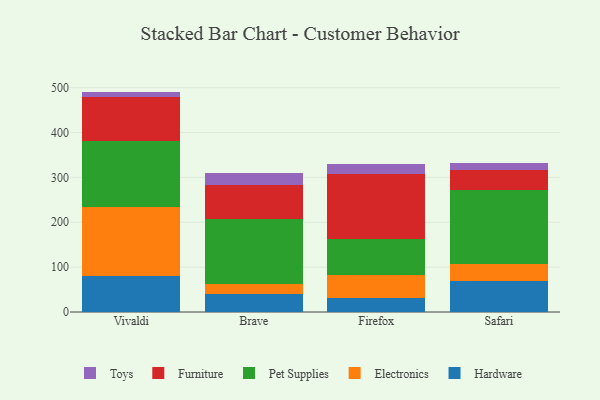
{"axis": {"x": "Browser", "y": "Revenue (USD Million)"}, "legend": ["Electronics", "Furniture", "Hardware", "Pet Supplies", "Toys"], "data": [{"x": "Vivaldi", "y": 81.3, "type": "Hardware"}, {"x": "Vivaldi", "y": 153.4, "type": "Electronics"}, {"x": "Vivaldi", "y": 145.8, "type": "Pet Supplies"}, {"x": "Vivaldi", "y": 99.0, "type": "Furniture"}, {"x": "Vivaldi", "y": 11.7, "type": "Toys"}, {"x": "Brave", "y": 41.1, "type": "Hardware"}, {"x": "Brave", "y": 21.6, "type": "Electronics"}, {"x": "Brave", "y": 144.8, "type": "Pet Supplies"}, {"x": "Brave", "y": 76.5, "type": "Furniture"}, {"x": "Brave", "y": 26.2, "type": "Toys"}, {"x": "Firefox", "y": 30.6, "type": "Hardware"}, {"x": "Firefox", "y": 52.4, "type": "Electronics"}, {"x": "Firefox", "y": 80.8, "type": "Pet Supplies"}, {"x": "Firefox", "y": 143.8, "type": "Furniture"}, {"x": "Firefox", "y": 21.2, "type": "Toys"}, {"x": "Safari", "y": 68.4, "type": "Hardware"}, {"x": "Safari", "y": 37.6, "type": "Electronics"}, {"x": "Safari", "y": 164.8, "type": "Pet Supplies"}, {"x": "Safari", "y": 45.8, "type": "Furniture"}, {"x": "Safari", "y": 15.6, "type": "Toys"}]}